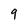
Character: 9